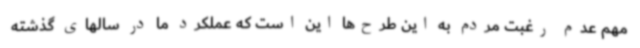
مهم عدم رغبت مردم به این طرح‌ها این است که عملکرد ما در سالهای گذشته